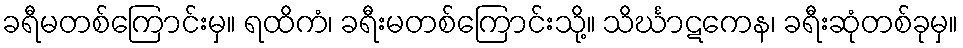
ခရီမတစ်ကြောင်းမှ။ ရထိကံ၊ ခရီးမတစ်ကြောင်းသို့။ သိင်္ဃာဋကေန၊ ခရီးဆုံတစ်ခုမှ။